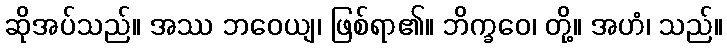
ဆိုအပ်သည်။ အဿ ဘဝေယျ၊ ဖြစ်ရာ၏။ ဘိက္ခဝေ၊ တို့။ အဟံ၊ သည်။